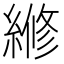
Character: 𬗲